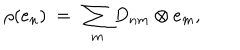
\rho ( e _ { n } ) ~ = ~ \sum _ { m } D _ { n m } \otimes e _ { m } ,